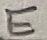
Text: E